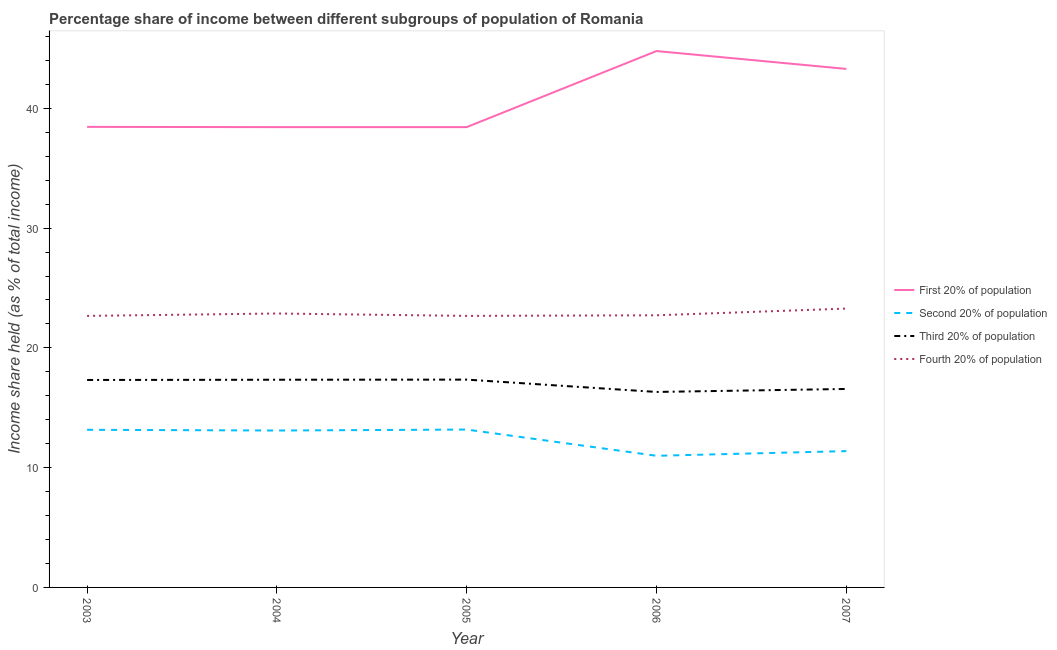
| Year | First 20% of population | Second 20% of population | Third 20% of population | Fourth 20% of population |
 | --- | --- | --- | --- | --- |
 | 2003 | 38.5 | 13.2 | 17.3 | 22.7 |
 | 2004 | 38.4 | 13.1 | 17.3 | 22.9 |
 | 2005 | 38.4 | 13.2 | 17.4 | 22.7 |
 | 2006 | 44.8 | 11 | 16.3 | 22.7 |
 | 2007 | 43.3 | 11.4 | 16.6 | 23.3 |